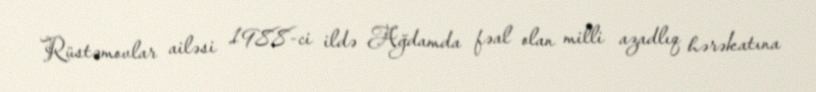
Rüstəmovlar ailəsi 1988-ci ildə Ağdamda fəal olan milli azadlıq hərəkatına